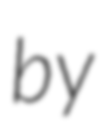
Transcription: by